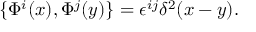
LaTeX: \{ \Phi ^ { i } ( x ) , \Phi ^ { j } ( y ) \} = \epsilon ^ { i j } \delta ^ { 2 } ( x - y ) .